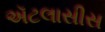
ઍટલાસીસ